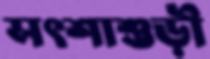
সৎশাশুড়ী